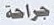
جراحة